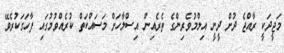
މަޖީދަކީ ރާއްޖެ ދުށް ދީނީ އިލްމުވެރިންގެ ތެރެއިން އިސްލާހަށް މަސައްކަތް ކުރެއްވުމުގައި ފާހަގަކުރެވޭ